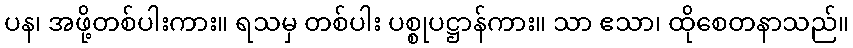
ပန၊ အဖို့တစ်ပါးကား။ ရသမှ တစ်ပါး ပစ္စုပဋ္ဌာန်ကား။ သာ ဧသာ၊ ထိုစေတနာသည်။